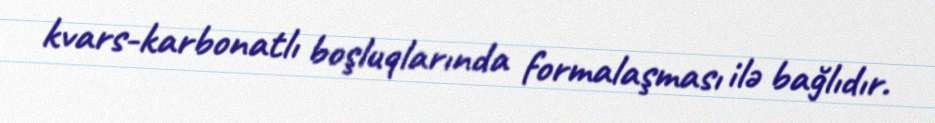
kvars-karbonatlı boşluqlarında formalaşması ilə bağlıdır.